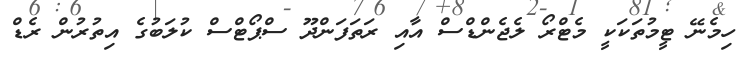
ހިމެނޭ ޓީމުތަކަކީ މެޓްރޯ ލެޖެންޑްސް އާއި ރަތަފަންދޫ ސްޕޯޓްސް ކުލަބުގެ އިތުރުން ރެޑް